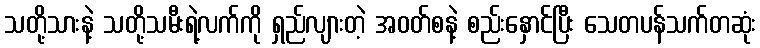
သတို့သားနဲ့ သတို့သမီးရဲ့လက်ကို ရှည်လျားတဲ့ အဝတ်စနဲ့ စည်းနှောင်ပြီး သေတပန်သက်တဆုံး